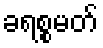
ခရစ္စမတ်